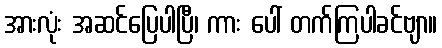
အားလုံး အဆင်ပြေပါပြီ၊ ကား ပေါ် တက်ကြပါခင်ဗျာ။